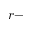
r -